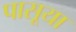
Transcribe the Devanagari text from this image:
पासूया